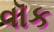
વૉક